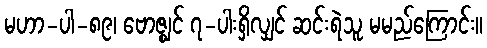
မဟာ-ပါ-၈၉၊ ဗောဇ္ဈင် ၇-ပါးရှိလျှင် ဆင်းရဲသူ မမည်ကြောင်း။